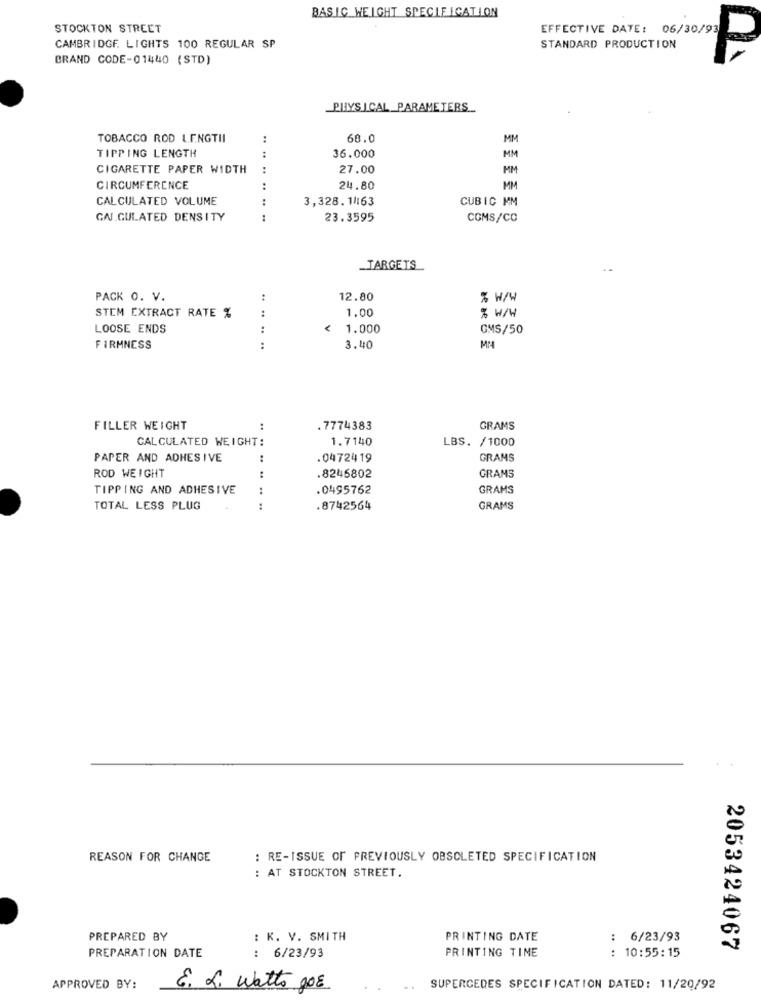
BASIC WEIGHT SPECIFICATION
STOCKTON STREET
EFFECTIVE DATE: 06/30/93
CAMBRIDGE. LIGHTS 100 REGULAR SP
STANDARD PRODUCTION
BRAND CODE-01440 (STD)
PHYSICAL PARAMETERS
TOBACCO ROD LENGTII
68.0
MM
TIPPING LENGTH
:
36.000
MM
CIGARETTE PAPER WIDTH
:
.. .. ..
27.00
MM
CIRCUMFERENCE
24.80
MM
CALCULATED VOLUME
3,328.1 63
CUBIC MM
GAJ.GULATED DENSITY
.. .. ..
23.3595
COMS/CC
_TARGETS
PACK O. V.
12.80
% W/W
STEM EXTRACT RATE %
1.00
% W/W
LOOSE ENDS
:
< 1.000
GMS/50
FIRMNESS
3.40
FILLER WEIGHT
. 7774383
GRAMS
CALCULATED WEIGHT:
1.7140
LBS. /1000
PAPER AND ADHESIVE
..
.0472419
GRAMS
ROD WEIGHT
:
.8246802
GRAMS
TIPPING AND ADHESIVE
.0495762
GRAMS
TOTAL LESS PLUG
8742564
GRAMS
REASON FOR CHANGE
: RE-ISSUE OF PREVIOUSLY OBSOLETED SPECIFICATION
: AT STOCKTON STREET.
PREPARED BY
: K. V. SMITH
PRINTING DATE
: 6/23/93
PRINTING TIME
2053424067
PREPARATION DATE
: 6/23/93
: 10:55:15
APPROVED BY:
E. L. Watto gor
SUPERCEDES SPECIFICATION DATED: 11/20/92